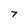
Character: 7